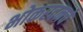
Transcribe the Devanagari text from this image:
भोकरदनचे